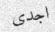
اجدى